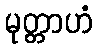
မုတ္တာဟံ